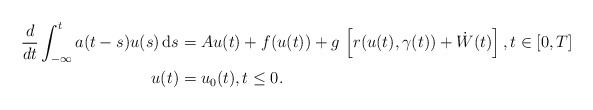
\begin{align*} \begin{aligned} \frac{d}{dt} \int_{-\infty}^t a(t-s)u(s) \, {\rm d}s &= A u(t) + f(u(t)) + g\, \left[r(u(t),\gamma(t)) + \dot W(t)\right], t \in [0,T] \\ u(t) &= u_0(t), t \le 0. \end{aligned} \end{align*}